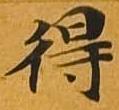
得